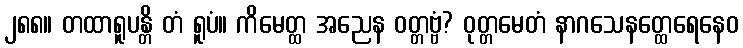
၂၈၈။ တထာရူပန္တိ တံ ရူပံ။ ကိမေတ္ထ အညေန ဝတ္တဗ္ဗံ? ဝုတ္တမေတံ နာဂသေနတ္ထေရေနေဝ